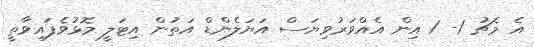
އެ މެޗު 1- 1 އިން އެއްވަރުވިޔަސް އަޔަލެންޑް އަތުން އިޓަލީ މޮޅުވެފައިވާތީ